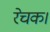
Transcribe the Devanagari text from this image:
रेचक।